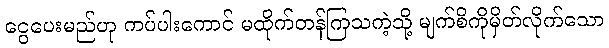
ငွေပေးမည်ဟု ကပ်ပါးကောင် မထိုက်တန်ကြသကဲ့သို့ မျက်စိကိုမှိတ်လိုက်သော